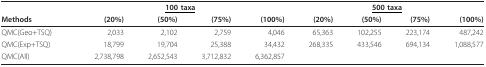
|  | <COLSPAN=4> <underline>100 taxa</underline> | <COLSPAN=4> <underline>500 taxa</underline> |
 | Methods | (20%) | (50%) | (75%) | (100%) | (20%) | (50%) | (75%) | (100%) |
 | --- | --- | --- | --- | --- | --- | --- | --- | --- |
 | QMC(Geo+TSQ) | 2,033 | 2,102 | 2,759 | 4,046 | 65,363 | 102,255 | 223,174 | 487,242 |
 | QMC(Exp+TSQ) | 18,799 | 19,704 | 25,388 | 34,432 | 268,335 | 433,546 | 694,134 | 1,088,577 |
 | QMC(All) | 2,738,798 | 2,652,543 | 3,712,832 | 6,362,857 |  |  |  |  |